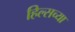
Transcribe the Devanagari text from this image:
हिल्सच्या